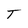
Character: T